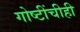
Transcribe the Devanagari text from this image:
गोष्टींचीही